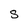
Character: S